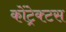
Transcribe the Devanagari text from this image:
कोंट्रेक्टस